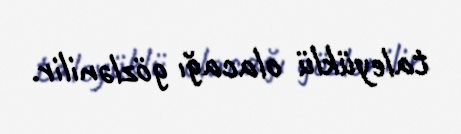
taleyüklü olacağı gözlənilir.